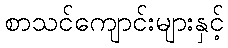
စာသင်ကျောင်းများနှင့်